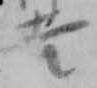
吉